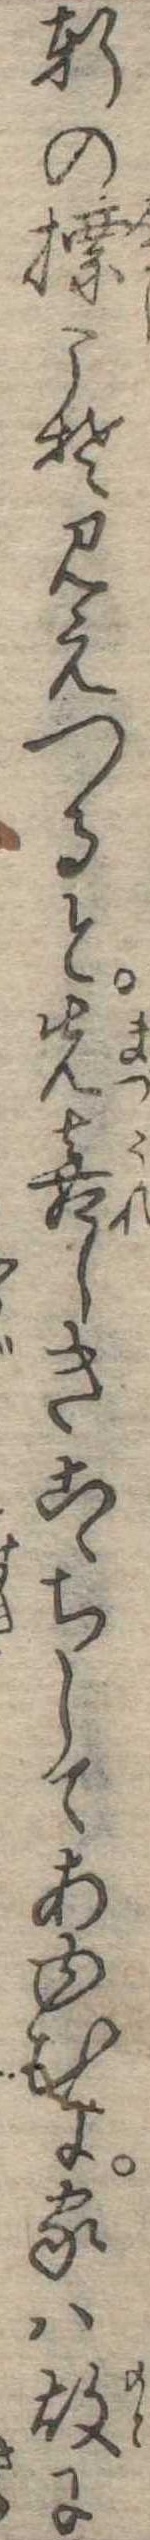
軒の標こそ見えつると先喜しきこゝちしてあゆむに家は故に